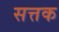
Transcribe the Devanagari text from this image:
सत्तक